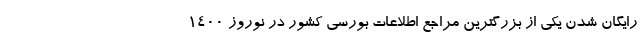
رایگان شدن یکی از بزرگترین مراجع اطلاعات بورسی کشور در نوروز 1400